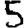
Digit: 5